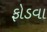
ફોડવા